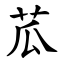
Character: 苽